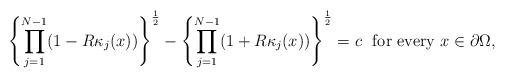
LaTeX: \begin{align*}\left\{\prod\limits_{j=1}^{N-1}(1-R\kappa_j(x))\right\}^{\frac 12} - \left\{\prod\limits_{j=1}^{N-1}(1+R\kappa_j(x))\right\}^{\frac 12} = c\ \mbox{ for every } x \in \partial\Omega,\end{align*}